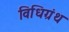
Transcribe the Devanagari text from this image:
विधिग्रंथ